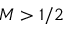
M > 1 / 2